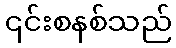
၎င်းစနစ်သည်